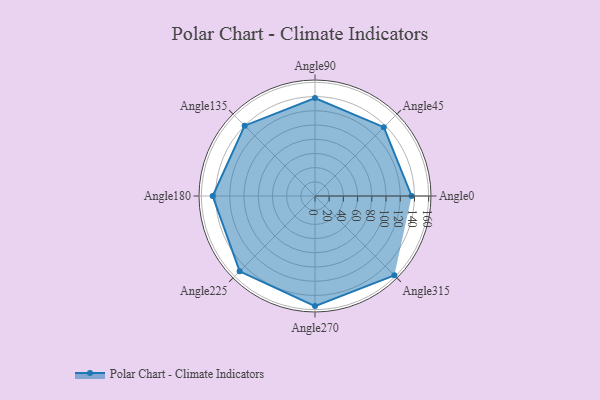
{"axis": {"x": "Angle", "y": "Radius"}, "legend": [""], "data": [{"x": "Angle0", "y": 136.0, "type": ""}, {"x": "Angle45", "y": 137.0, "type": ""}, {"x": "Angle90", "y": 138.0, "type": ""}, {"x": "Angle135", "y": 140.0, "type": ""}, {"x": "Angle180", "y": 144.0, "type": ""}, {"x": "Angle225", "y": 150.0, "type": ""}, {"x": "Angle270", "y": 155.0, "type": ""}, {"x": "Angle315", "y": 158.0, "type": ""}]}